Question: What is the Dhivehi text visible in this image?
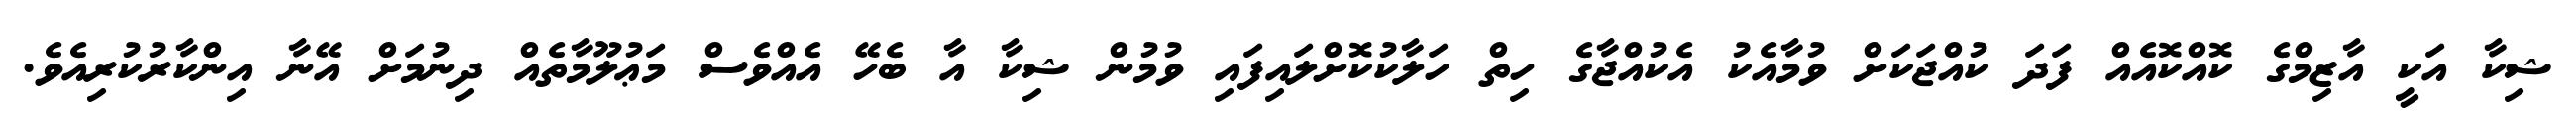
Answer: ޝިކާ އަކީ އާޒިމްގެ ކޮއްކޮއެއް ފަދަ ކުއްޖަކަށް ވުމާއެކު އެކުއްޖާގެ ހިތް ހަލާކުކޮށްލައިފައި ވުމުން ޝިކާ އާ ބެހޭ އެއްވެސް މަޢުލޫމާތެއް ދިނުމަށް އޭނާ އިންކާރުކުރިއެވެ.